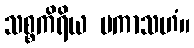
သစ္စကိရိယ မကာသဟံ။